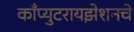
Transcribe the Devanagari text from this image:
काँप्युटरायझेशनचे